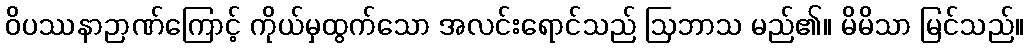
ဝိပဿနာဉာဏ်ကြောင့် ကိုယ်မှထွက်သော အလင်းရောင်သည် ဩဘာသ မည်၏။ မိမိသာ မြင်သည်။